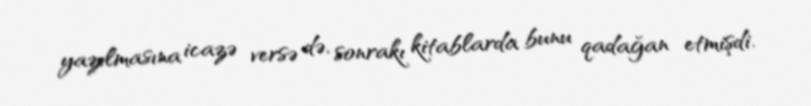
yazılmasına icazə versə də, sonrakı kitablarda bunu qadağan etmişdi.